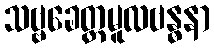
သဗ္ဗခေတ္တမူလဗန္ဓနာ